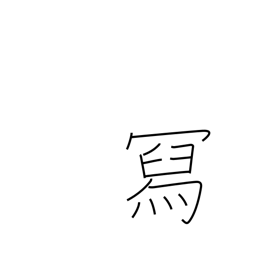
Meaning: compose